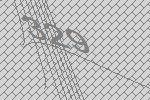
329